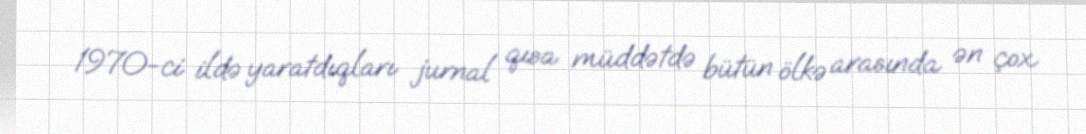
1970-ci ildə yaratdıqları jurnal qısa müddətdə bütün ölkə arasında ən çox